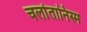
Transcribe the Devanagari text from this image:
चर्लातानिस्म